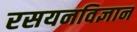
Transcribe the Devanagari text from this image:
रसयनविज्ञान